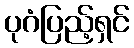
ပုဂံပြည့်ရှင်